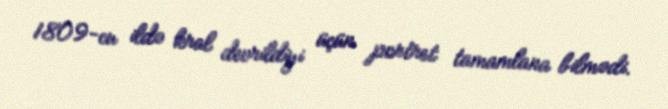
1809-cu ildə kral devrildiyi üçün portret tamamlana bilmədi.